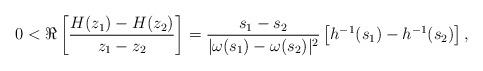
LaTeX: \begin{align*}0<\Re\left[\frac{H(z_{1})-H(z_{2})}{z_{1}-z_{2}}\right]=\frac{s_{1}-s_{2}}{|\omega(s_{1})-\omega(s_{2})|^{2}}\left[h^{-1}(s_{1})-h^{-1}(s_{2})\right],\end{align*}